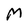
Character: M